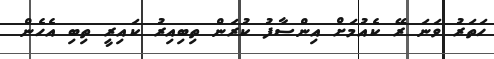
ހަތަރު ވަނަ ރޭ ކެއުމަށް އިންސާފު ކުރަން ތިބިއިރު ކައިރީ ތިބި އެހެން